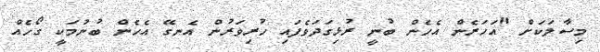
މިސާލަކަށް "އަހަރެން އެހެން ބުނީ ރުޅިގަދަވެފައި ހުރިވަރުން އެނގޭ އެހެން ބުނުމަކީ ގޯހެއް